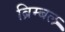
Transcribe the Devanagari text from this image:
ब्रिम्बल